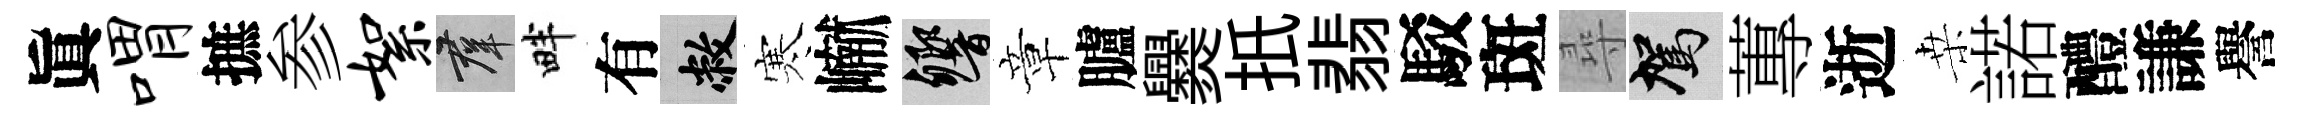
眞喟摭参絮群畔有敝寒𪩘響章臚爨扺翡駁斑尋駕蓴逝桒諾醴謙譽